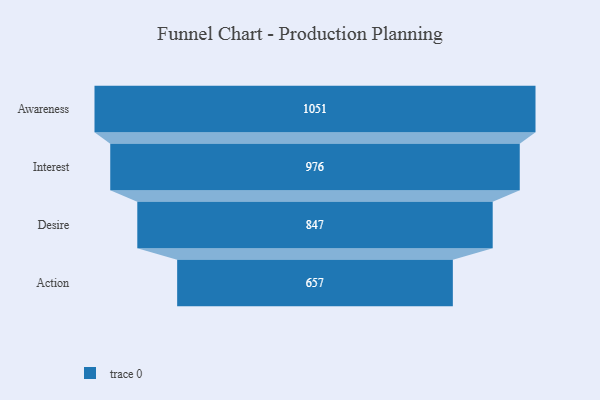
{"axis": {"x": "Stage", "y": "Value"}, "legend": [""], "data": [{"x": "Awareness", "y": 1051.0, "type": ""}, {"x": "Interest", "y": 976.0, "type": ""}, {"x": "Desire", "y": 847.0, "type": ""}, {"x": "Action", "y": 657.0, "type": ""}]}